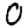
Digit: 0